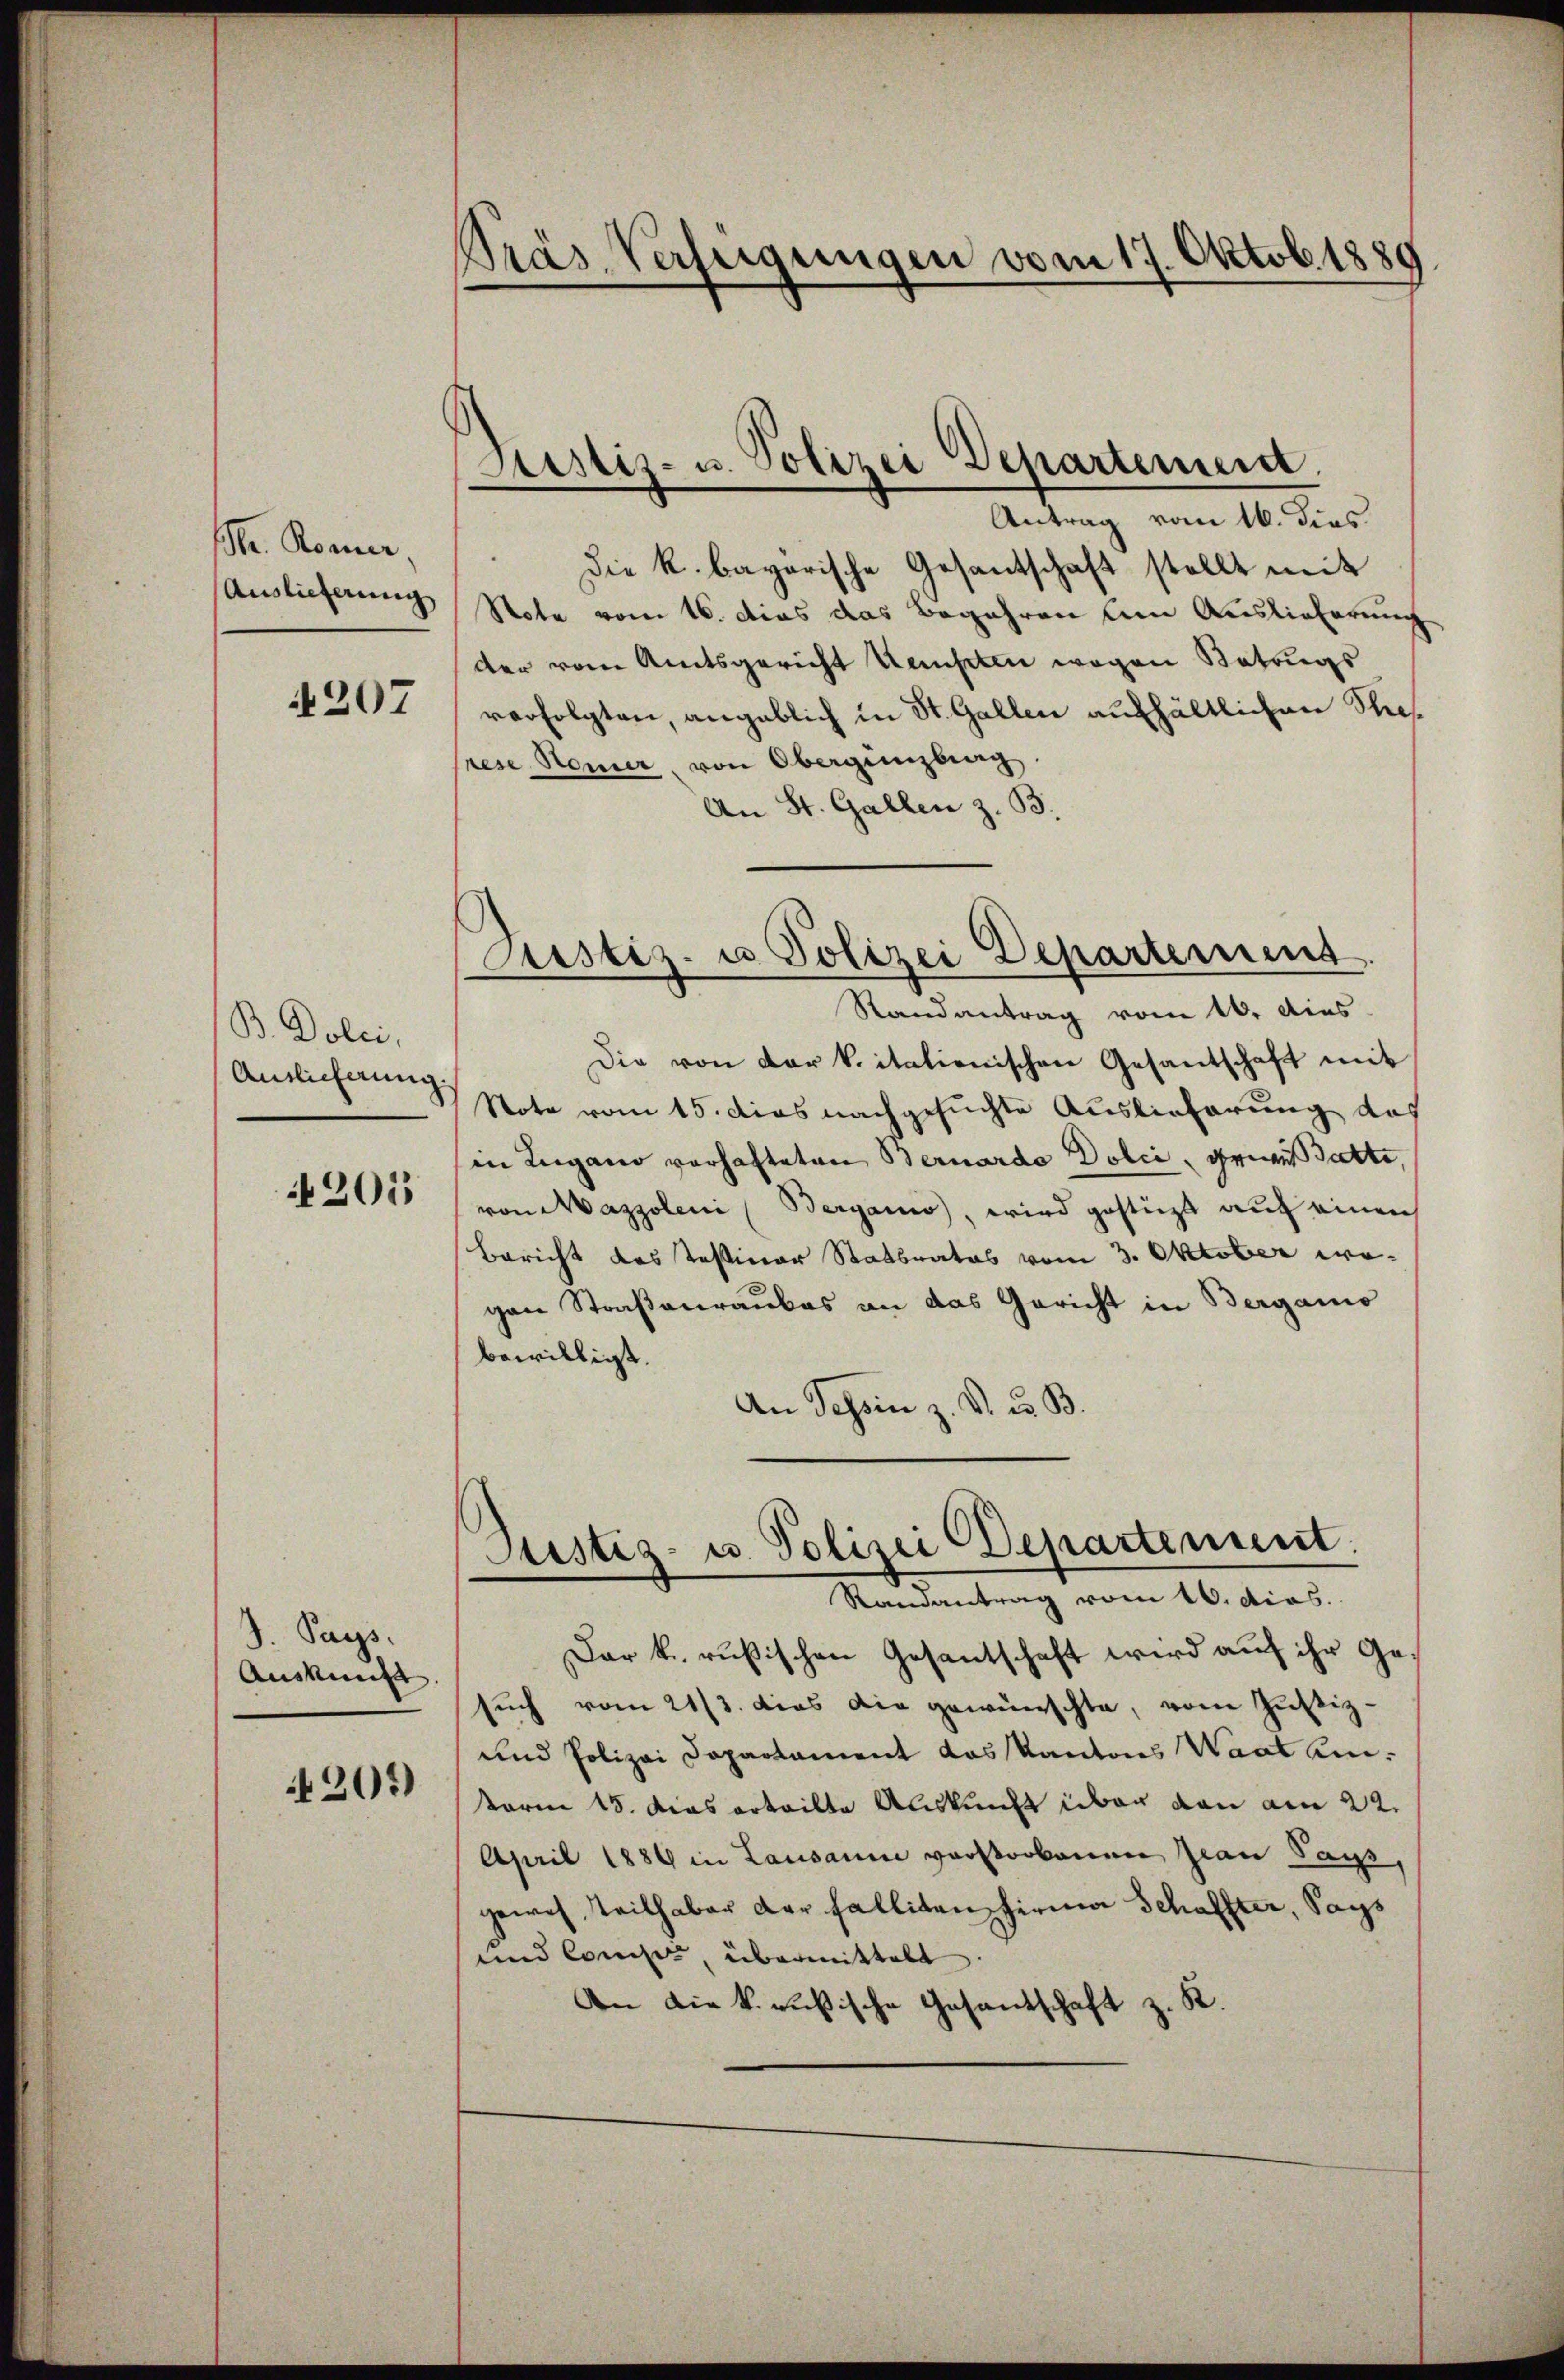
r. Konner,
Auslieferung

207

B. Dolei,
Auslicherung

201

J. Pays.
Auskunft

201)

Präs. Verfügungen vom 17. Oktob. 1889.

Justiz- u. Polizei Departement
e

Custiz- u Polizei Departement.

Antrag vom 16. dies
 die k. bayerische Gesantschaft stellt mit
Note vom 16. dies das Begehren am Auslieferung
der vom Amtsgericht Kempten wegen Betrugs
verfolgten, angeblich in St. Gallen aufhältlichen Stiefrese Homer, von Obergenzburg
An St. Gallen z. B.
Randantrag vom 10. dies
Die von der k. italienischen Gesantschaft mit
Note vom 15. dies nachgesuchte Auslieferung des
in Lugano vorhafteten Bernardo Dolić, gewestatte,
von Mazzoleni (Bergano, wird gestüzt auch einen
Bericht des Tessiner Statbrates vom 3. Oktober we
gen Straßenraubes an das Gericht in Berganis
bewilligt.
An Tessin z. V. u. B.
Justiz- u. Polizei Departement.
Randantrag vom 10. dies.
Dar k. rußischen Gesantschaft wird auf ihr Gesuch vom 21/3. dies die gewünschte, vom Justiz-
und Polizei Departament Loskantons Waat ei¬
Form 15. Das erteilte Auskunft über den am 22.
April 1889 in Lausanne verstorbenen Jean Pass,
gewis, teilhaber der Fallitenz Firma Schaffter, Sags
und Conses, übermittelt
An die k. russische Gesandschaft z. K.